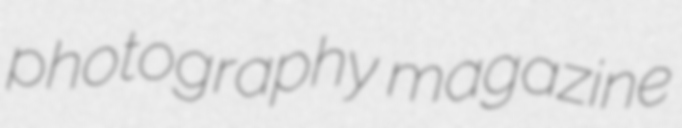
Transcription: photography magazine